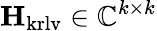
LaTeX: \mathbf{H}_{\mathrm{krlv}}\in\mathbb{C}^{k\times k}